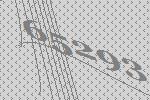
65293